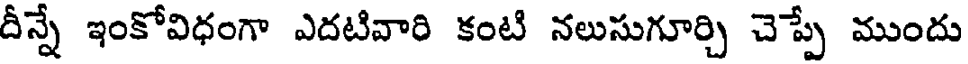
దీన్నే ఇంకోవిధంగా ఎదటివారి కంటి నలుసుగూర్చి చెప్పే ముందు